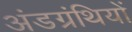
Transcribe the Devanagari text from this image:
अंडग्रंथियों